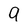
Character: q